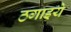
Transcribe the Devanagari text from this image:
ठगाइये